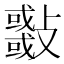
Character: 𣀨